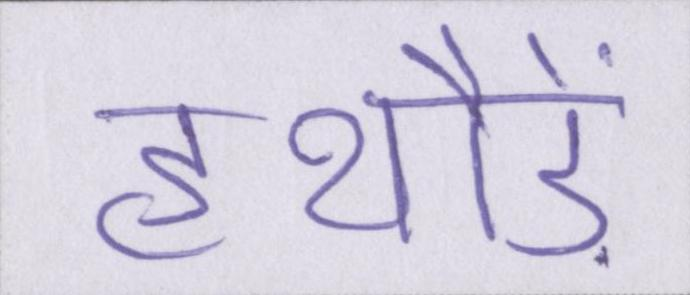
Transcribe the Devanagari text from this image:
हथौड़े